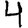
Digit: 4